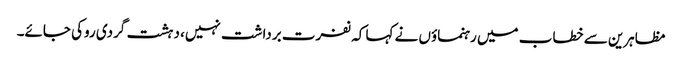
مظاہرین سے خطاب میں رہنماؤں نے کہا کہ نفرت برداشت نہیں، دہشت گردی روکی جائے۔